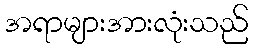
အရာများအားလုံးသည်